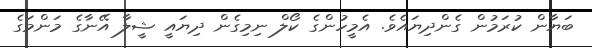
ބަޔާން ކުރަމުން ގެންދިޔައެވެ. އެމީހުންގެ ކޯލް ނިމިގެން ދިޔައީ ޝީލާ އޭނާގެ މަންމަގެ